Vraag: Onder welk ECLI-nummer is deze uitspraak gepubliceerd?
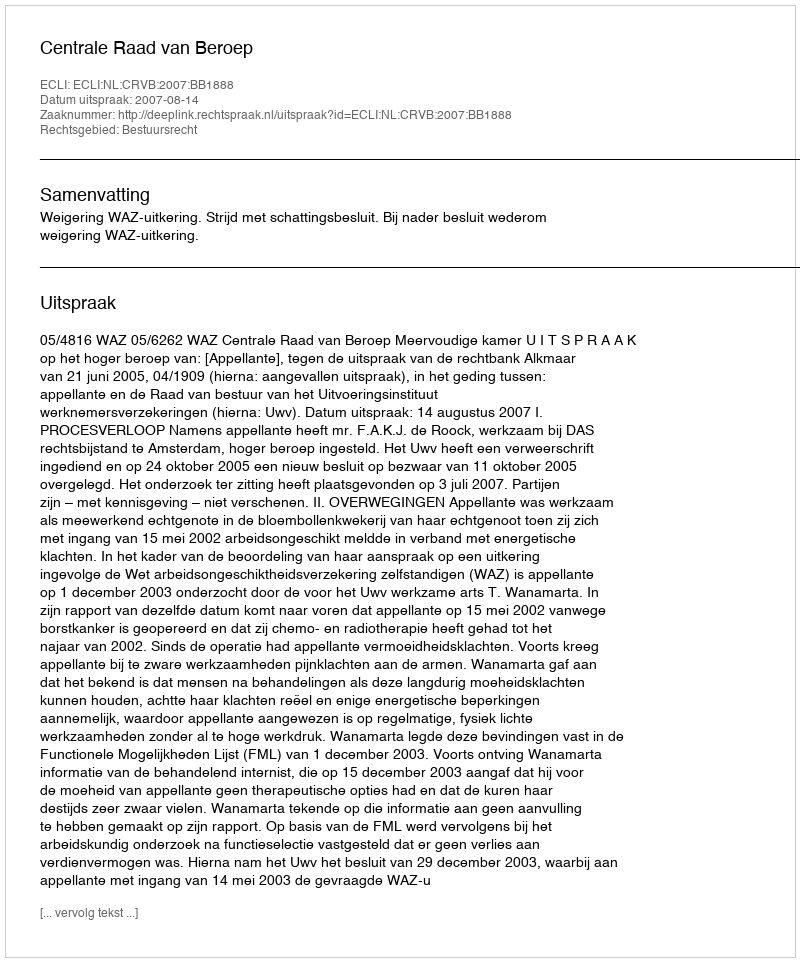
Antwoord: ECLI:NL:CRVB:2007:BB1888